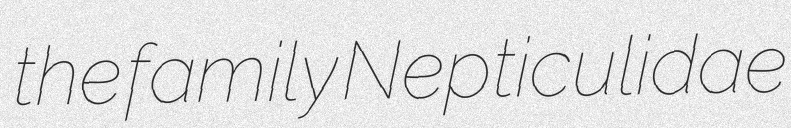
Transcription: the family Nepticulidae